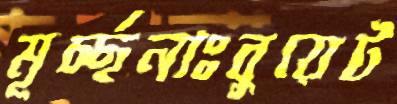
মূর্চ্ছনাঃবুয়েট